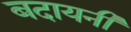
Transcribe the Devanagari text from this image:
बदायनी